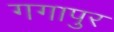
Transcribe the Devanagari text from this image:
गगापुर